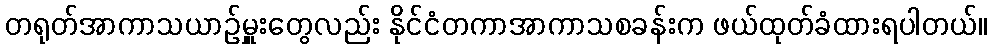
တရုတ်အာကာသယာဉ်မှူးတွေလည်း နိုင်ငံတကာအာကာသစခန်းက ဖယ်ထုတ်ခံထားရပါတယ်။